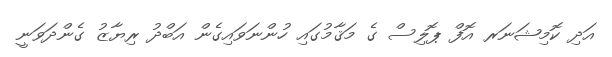
އަދި ކޮމިޝަނަރ އޮފް ޕޮލިސް ގެ މަޤާމުގައި ހުންނަވައިގެން އަބްދު ރިޔާޒު ގެންދަވަނީ